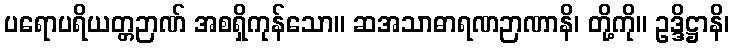
ပရောပရိယတ္တဉာဏ် အစရှိကုန်သော။ ဆအသာဓာရဏဉာဏာနိ၊ တို့ကို။ ဥဒ္ဒိဋ္ဌာနိ၊